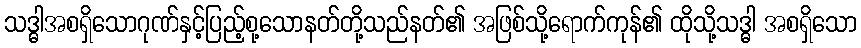
သဒ္ဓါအစရှိသောဂုဏ်နှင့်ပြည့်စု့သောနတ်တို့သည်နတ်၏ အဖြစ်သို့ရောက်ကုန်၏ ထိုသို့သဒ္ဓါ အစရှိသော